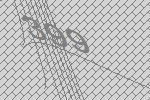
399